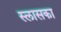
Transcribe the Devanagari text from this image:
स्लासका